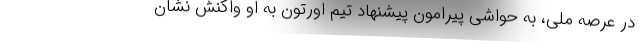
در عرصه ملی، به حواشی پیرامون پیشنهاد تیم اورتون به او واکنش نشان